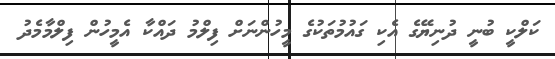
ކަލްކީ ބުނީ ދުނިޔޭގެ އެކި ގައުމުތަކުގެ މީހުންނަށް ފިލްމު ދައްކާ އެމީހުން ފިލްމާމެދު